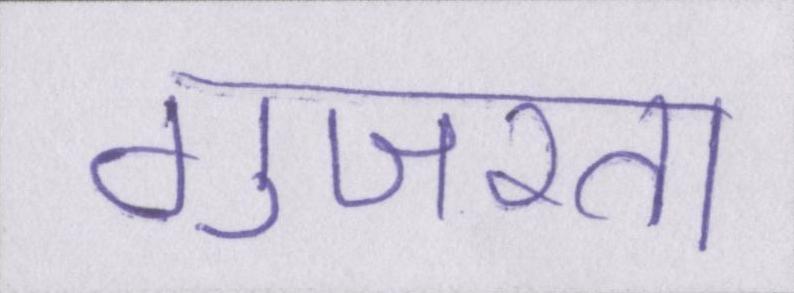
गुजरता